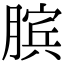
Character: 膑